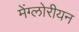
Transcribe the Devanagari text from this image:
मेंग्लोरीयन